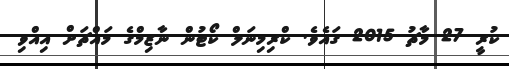
ކުރީ 27 މާޗު 2015 ގައެވެ. ކްރިމިނަލް ކޯޓުން ނާޒިމްގެ މައްޗަށް އިއްވި